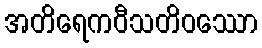
အတိရေကဝီသတိဝဿော